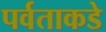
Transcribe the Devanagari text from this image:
पर्वताकडे